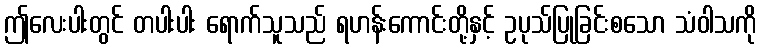
ဤလေးပါးတွင် တပါးပါး ရောက်သူသည် ရဟန်းကောင်းတို့နှင့် ဥပုသ်ပြုခြင်းစသော သံဝါသကို